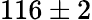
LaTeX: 116\pm 2